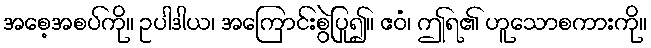
အစေ့အစပ်ကို။ ဥပါဒါယ၊ အကြောင်းစွဲပြု၍။ ဧဝံ၊ ဤရ၏ ဟူသောစကားကို။